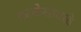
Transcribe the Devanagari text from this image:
काळेसावळे